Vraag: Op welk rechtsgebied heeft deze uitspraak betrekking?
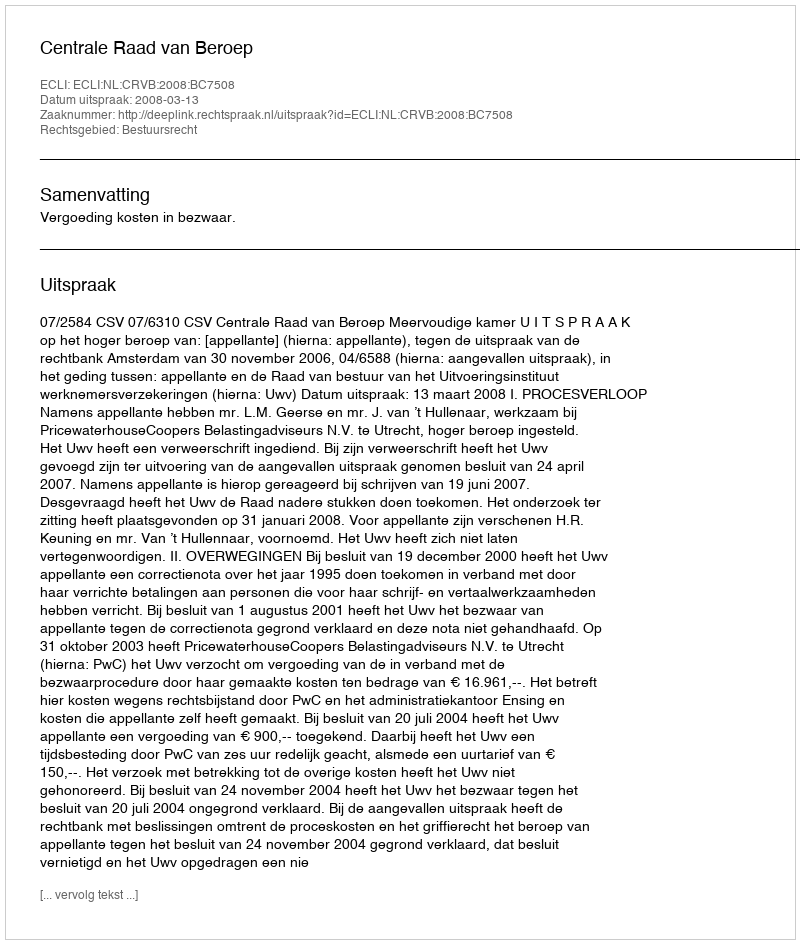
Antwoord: Bestuursrecht